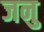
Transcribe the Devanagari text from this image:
जनु